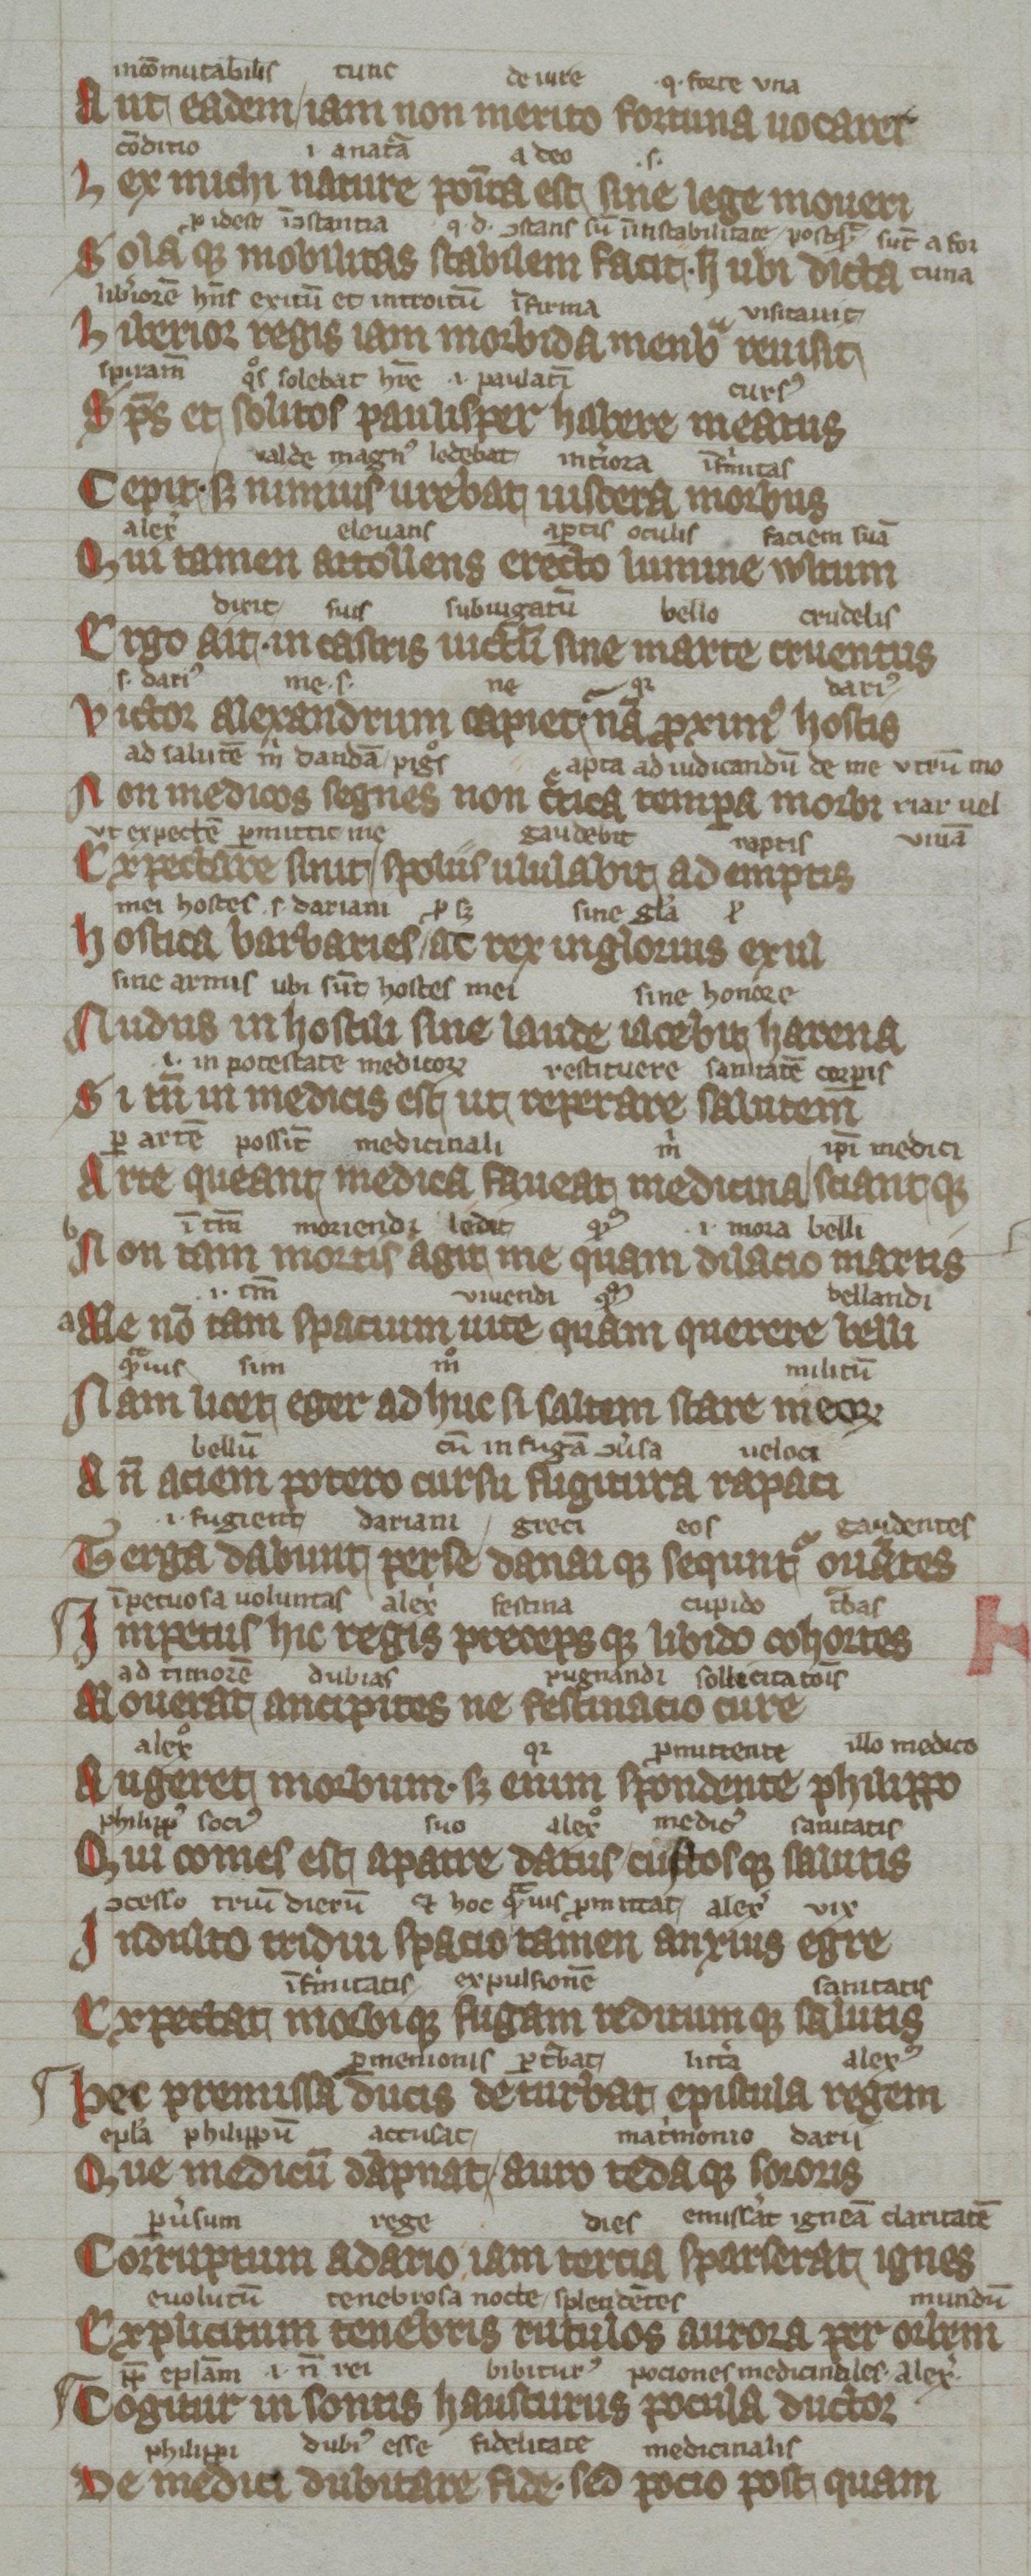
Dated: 1300–1399